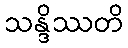
သန္ဒိဿတိ